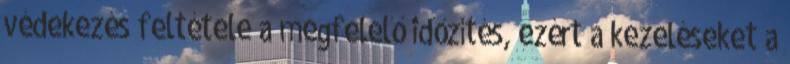
védekezés feltétele a megfelelő időzítés, ezért a kezeléseket a